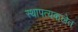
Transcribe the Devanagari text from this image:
स्थापत्यकलेत